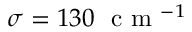
\sigma = 1 3 0 ~ \textrm { c m } ^ { - 1 }